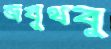
জবুথবু